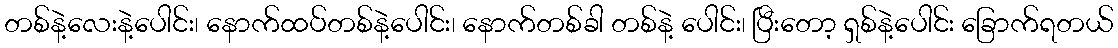
တစ်နဲ့လေးနဲ့ပေါင်း၊ နောက်ထပ်တစ်နဲ့ပေါင်း၊ နောက်တစ်ခါ တစ်နဲ့ ပေါင်း၊ ပြီးတော့ ရှစ်နဲ့ပေါင်း ခြောက်ရတယ်